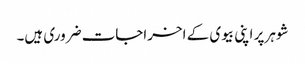
شوہر پر اپنی بیوی کے اخراجات ضروری ہیں۔